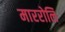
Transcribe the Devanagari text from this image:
माररोलि